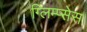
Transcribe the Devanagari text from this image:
ग्लिम्प्सेस